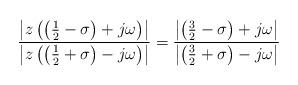
LaTeX: \begin{align*}\frac{\left| z\left(\left(\frac{1}{2}-\sigma\right) + j\omega\right)\right|}{\left|z\left(\left(\frac{1}{2}+\sigma\right) - j\omega \right)\right|} = \frac{\left|\left(\frac{3}{2}-\sigma\right) + j\omega\right|}{\left|\left(\frac{3}{2}+\sigma\right) - j\omega\right|}\end{align*}